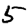
Digit: 5